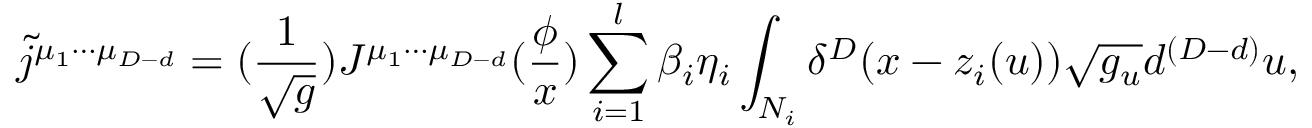
\tilde { j } ^ { \mu _ { 1 } \cdots \mu _ { D - d } } = ( \frac 1 { \sqrt { g } } ) J ^ { \mu _ { 1 } \cdots \mu _ { D - d } } ( \frac \phi x ) \sum _ { i = 1 } ^ { l } \beta _ { i } \eta _ { i } \int _ { N _ { i } } \delta ^ { D } ( x - z _ { i } ( u ) ) \sqrt { g _ { u } } d ^ { ( D - d ) } u ,